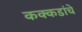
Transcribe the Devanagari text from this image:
कक्कडांचे